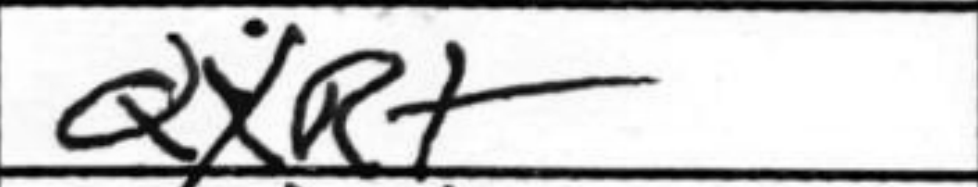
Transcription: QxQ+